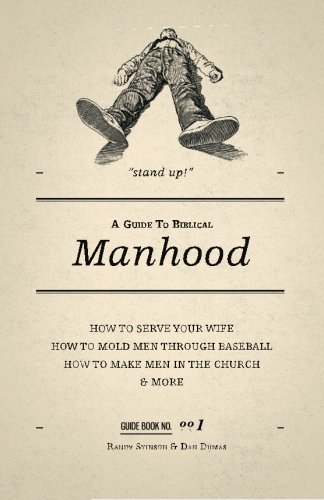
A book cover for A Guide to Biblical Manhood; Randy Stinson; Christian Books & Bibles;